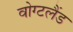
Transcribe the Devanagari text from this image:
वोग्टलैंड